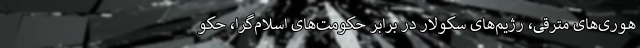
هوری‌های مترقی، رژیم‌های سکولار در برابر حکومت‌های اسلام‌گرا، حکو